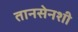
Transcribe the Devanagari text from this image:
तानसेनशी